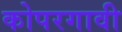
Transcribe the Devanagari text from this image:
कोपरगावी